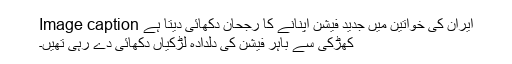
Image caption ایران کی خواتین میں جدید فیشن اپنانے کا رجحان دکھائی دیتا ہے
کھڑکی سے باہر فیشن کی دلدادہ لڑکیاں دکھائی دے رہی تھیں۔